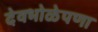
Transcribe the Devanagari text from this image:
देवभोळेपणा